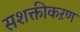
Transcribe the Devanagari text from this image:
सशक्तीकऱण